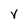
Character: v